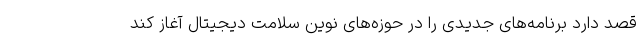
قصد دارد برنامه‌های جدیدی را در حوزه‌های نوین سلامت دیجیتال آغاز کند